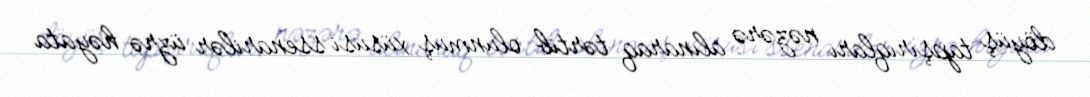
döyüş tapşırıqları nəzərə alınaraq tərtib olunmuş xüsusi ssenarilər üzrə həyata